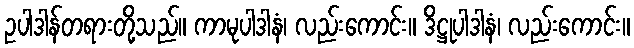
ဥပါဒါန်တရားတို့သည်။ ကာမုပါဒါနံ၊ လည်းကောင်း။ ဒိဋ္ဌုပါဒါနံ၊ လည်းကောင်း။